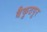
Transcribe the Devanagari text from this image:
बैकुठपुर